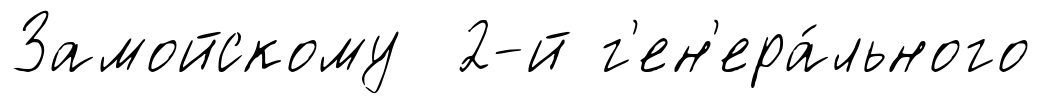
Замойскому 2-й г'ен'ера́льного